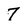
Character: 7